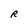
Character: R